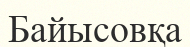
Байысовқа